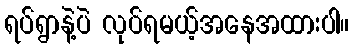
ရပ်ရွာနဲ့ပဲ လုပ်ရမယ့်အနေအထားပါ။